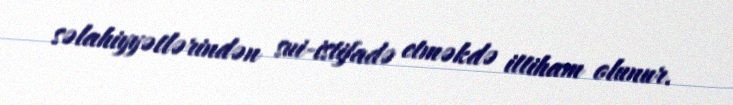
səlahiyyətlərindən sui-istifadə etməkdə ittiham olunur.